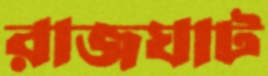
রাজঘাট